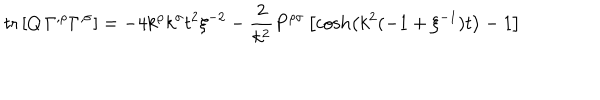
\mathrm { t r } \left[ Q \, \Gamma ^ { , \rho } \Gamma ^ { , \sigma } \right] = - 4 k ^ { \rho } k ^ { \sigma } t ^ { 2 } \xi ^ { - 2 } - \frac { 2 } { k ^ { 2 } } P ^ { \rho \sigma } \left[ \cosh \left( k ^ { 2 } ( - 1 + \xi ^ { - 1 } ) t \right) - 1 \right]